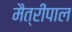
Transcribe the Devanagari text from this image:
मैत्रीपाल